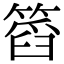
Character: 䈱